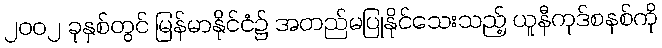
၂၀၀၂ ခုနှစ်တွင် မြန်မာနိုင်ငံ၌ အတည်မပြုနိုင်သေးသည့် ယူနီကုဒ်စနစ်ကို